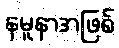
နမူနာအဖြစ်